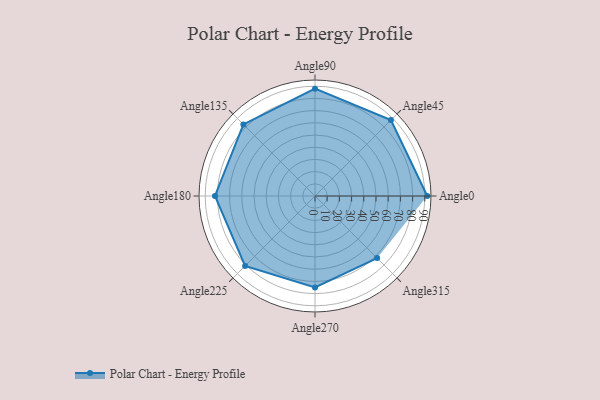
{"axis": {"x": "Angle", "y": "Radius"}, "legend": [""], "data": [{"x": "Angle0", "y": 92.0, "type": ""}, {"x": "Angle45", "y": 88.0, "type": ""}, {"x": "Angle90", "y": 88.0, "type": ""}, {"x": "Angle135", "y": 83.0, "type": ""}, {"x": "Angle180", "y": 82.0, "type": ""}, {"x": "Angle225", "y": 81.0, "type": ""}, {"x": "Angle270", "y": 75.0, "type": ""}, {"x": "Angle315", "y": 72.0, "type": ""}]}